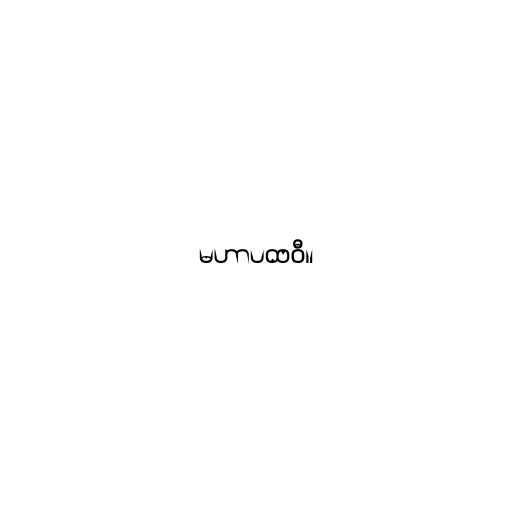
မဟာပထဝီ။